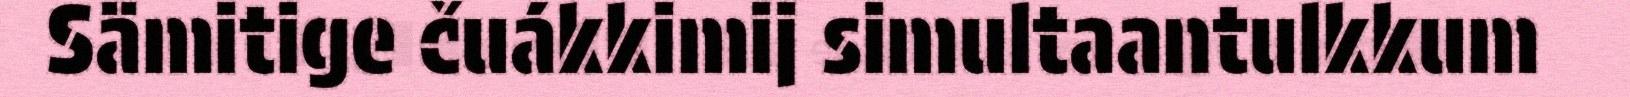
Sämitige čuákkimij simultaantulkkum